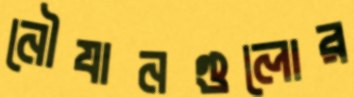
নৌযানগুলোর